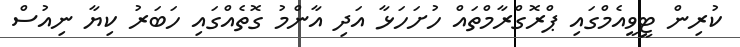
ކުރިން ޓީވީއެމްގައި ޕްރޮގްރާމްތައް ހުށަހަޅާ އަދި އާންމު ގޮތެއްގައި ހަބަރު ކިޔާ ނިއުސް